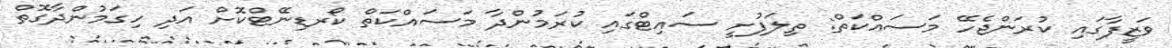
ވަޒީފާގައި ކުރަންޖެހޭ މަސައްކަތް: ތިލަފުށީ ސައިޓްގައި ކުރަމުންދާ މަސައްކަތް ކޯރޑިނޭޓްކޮށް އަދި ހިގަމުންދާގޮތް